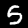
Label: 5